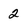
Character: 2